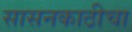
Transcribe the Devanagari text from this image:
सासनकाठीचा